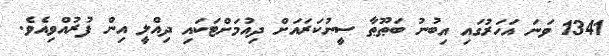
1341 ވަނަ އަހަރުގައި އިބުނު ބަޠޫޠާ ސީނުކަރައަށް ދިއުމަށްޓަކައި ދިއްލީ އިން ފުރުއްވިއެވެ.